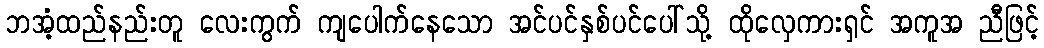
ဘအံ့ထည်နည်းတူ လေးကွက် ကျပေါက်နေသော အင်ပင်နှစ်ပင်ပေါ်သို့ ထိုလှေကားရှင် အကူအ ညီဖြင့်